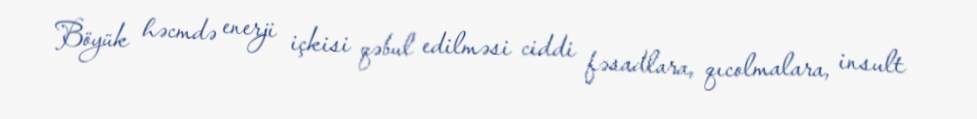
Böyük həcmdə enerji içkisi qəbul edilməsi ciddi fəsadlara, qıcolmalara, insult